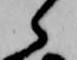
ら